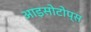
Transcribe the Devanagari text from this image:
आइसोटोप्स